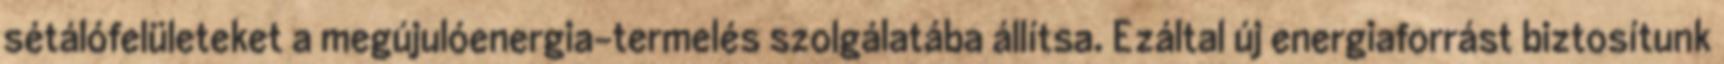
sétálófelületeket a megújulóenergia-termelés szolgálatába állítsa. Ezáltal új energiaforrást biztosítunk